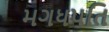
મગધપતિ